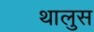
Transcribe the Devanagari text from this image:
थालुस